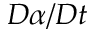
D \alpha / D t